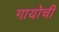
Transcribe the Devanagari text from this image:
गायोची